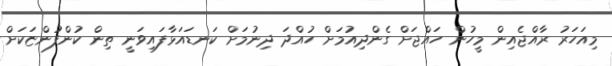
މިއަހަރު ރާއްޖެއިން މީހުން ހައްޖަށް ގެންދިއުމަށް ހުއްދަ ދިނުމަށް ކަނޑައަޅާފައިވަނީ ތިން ކުންފުންޏަކަށް